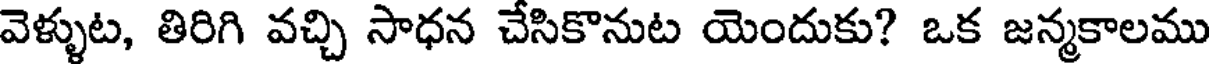
వెళ్ళుట, తిరిగి వచ్చి సాధన చేసికొనుట యెందుకు? ఒక జన్మకాలము